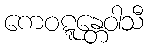
ကေဝဋ္ဋန္တေဝါသီ